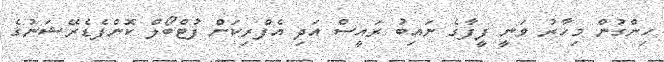
ހިންގުން މިހާރު ވަނީ ފީފާގެ ނައިބު ރައީސް އަދި އެފްރިކަން ފުޓްބޯލް ކޮންފެޑެރޭޝަނުގެ